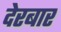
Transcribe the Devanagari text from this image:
देरबार